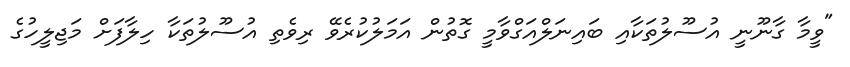
"ވީމާ ގާނޫނީ އުސޫލުތަކާއި ބައިނަލްއަގްވާމީ ގޮތުން އަމަލުކުރެވޭ ރިވެތި އުސޫލުތަކާ ހިލާފަށް މަޖިލީހުގެ